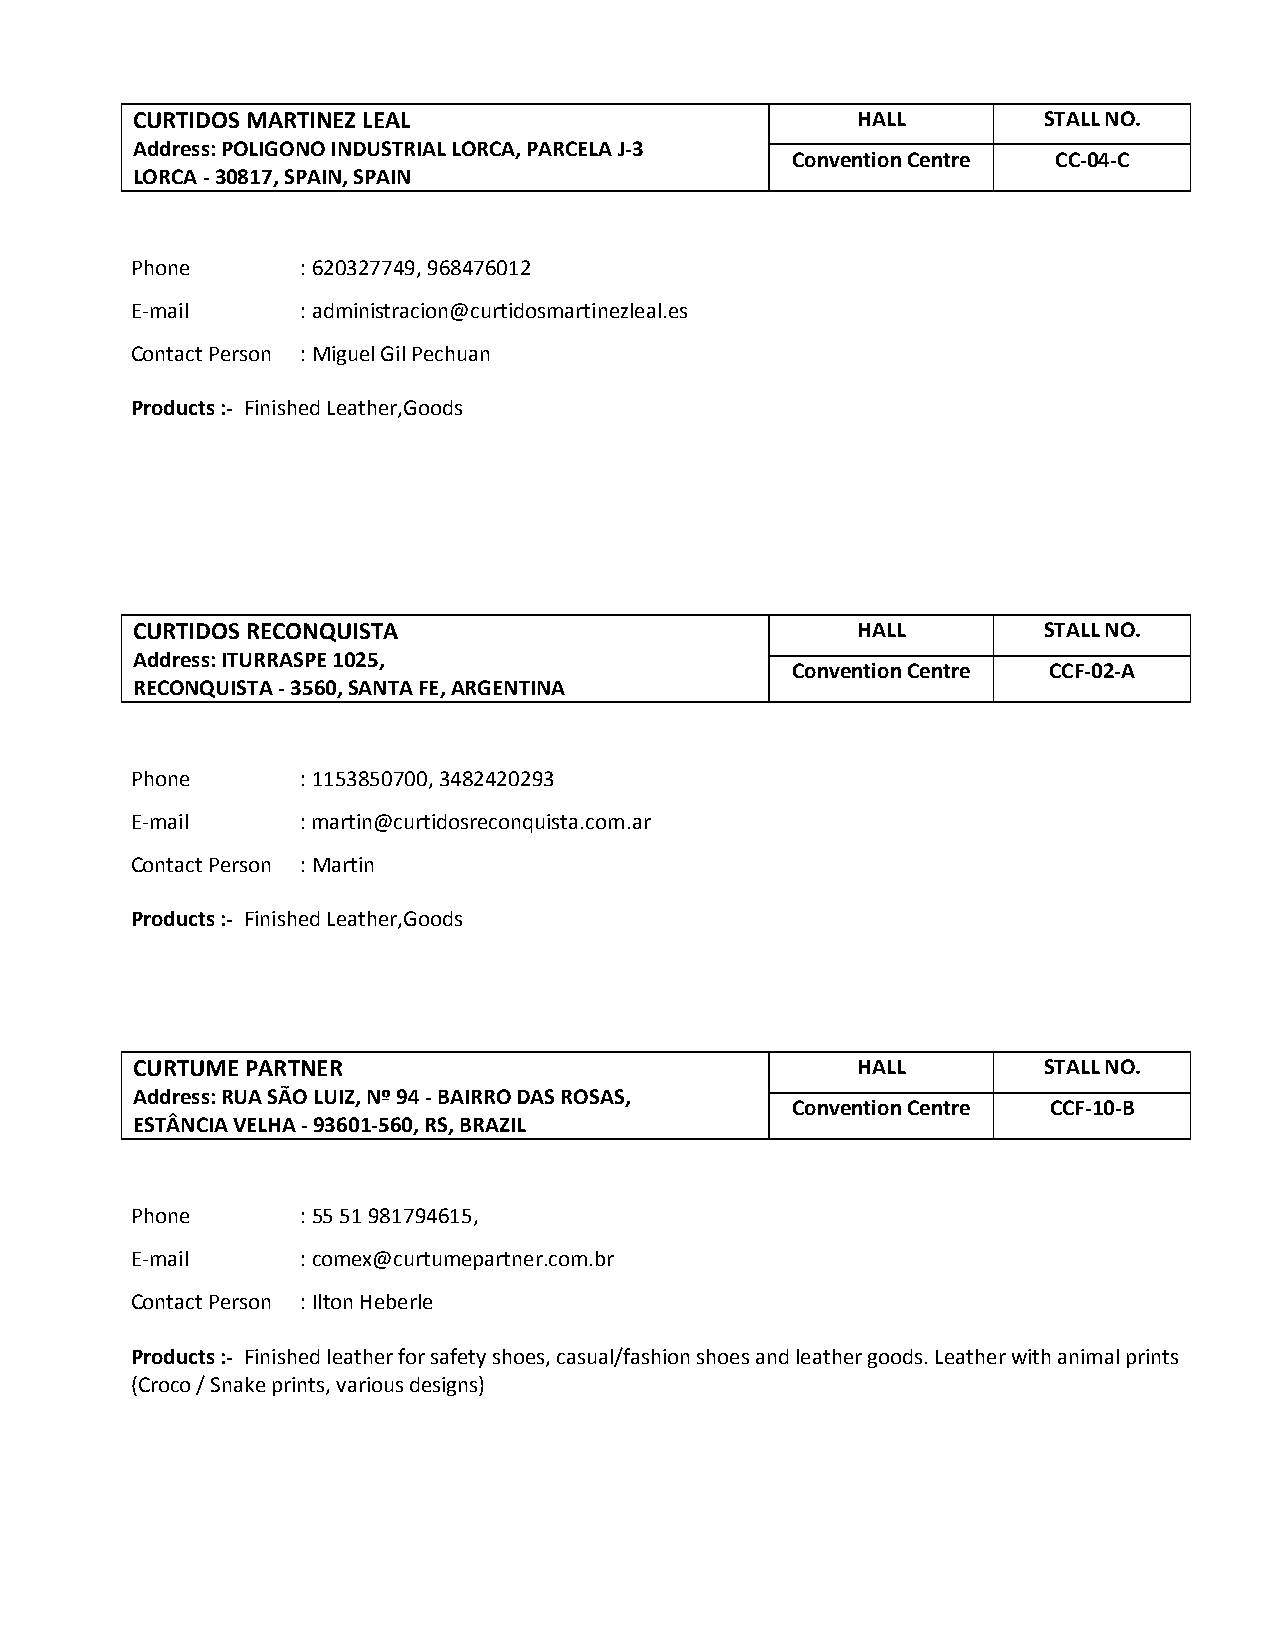
CURTIDOS MARTINEZ LEAL                          HALL        STALL NO.
 Address: POLIGONO INDUSTRIAL LORCA, PARCELA J-3
 Convention Centre CC-04-C
 LORCA - 30817, SPAIN, SPAIN
 Phone      : 620327749, 968476012
 E-mail     : administracion@curtidosmartinezleal.es
 Contact Person : Miguel Gil Pechuan
 Products :- Finished Leather,Goods
 CURTIDOS RECONQUISTA                            HALL        STALL NO.
 Address: ITURRASPE 1025,
 Convention Centre CCF-02-A
 RECONQUISTA - 3560, SANTA FE, ARGENTINA
 Phone      : 1153850700, 3482420293
 E-mail     : martin@curtidosreconquista.com.ar
 Contact Person : Martin
 Products :- Finished Leather,Goods
 CURTUME PARTNER                                 HALL        STALL NO.
 Address: RUA SÃO LUIZ, Nº 94 - BAIRRO DAS ROSAS,
 Convention Centre CCF-10-B
 ESTÂNCIA VELHA - 93601-560, RS, BRAZIL
 Phone      : 55 51 981794615,
 E-mail     : comex@curtumepartner.com.br
 Contact Person : Ilton Heberle
 Products :- Finished leather for safety shoes, casual/fashion shoes and leather goods. Leather with animal prints
 (Croco / Snake prints, various designs)